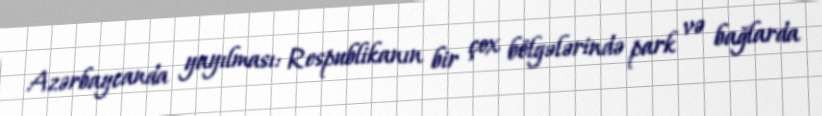
Azərbaycanda yayılması: Respublikanın bir çox bölgələrində park və bağlarda